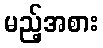
မည့်အစား